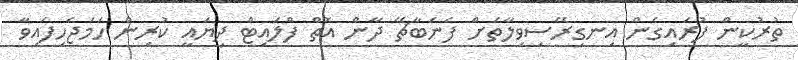
ތުރުކީން ފުރައިގެން އިނގިރޭސިވިލާތަށް ފެނަބާޗޭ ދާން އޮތް ފްލައިޓް ދިޔައީ ކުރިން ހަމަޖެހިފައިވާ